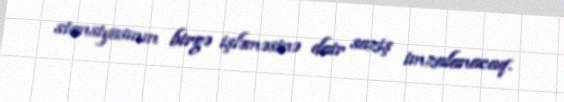
stansiyasının birgə işləməsinə dair saziş imzalanacaq.